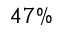
4 7 \%